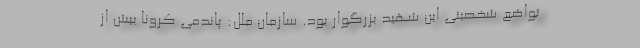
تواضع شخصیتی این شهید بزرگوار بود. سازمان ملل: پاندمی کرونا بیش از